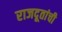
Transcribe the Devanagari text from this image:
राजदूतांची